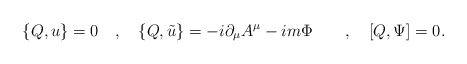
\begin{align*}\{Q,u\}=0 \quad , \quad \{Q,\tilde{u}\}= -i \partial_\mu A^\mu-im \Phi \quad \quad , \quad [Q,\Psi]=0.\end{align*}